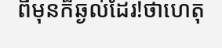
ពីមុនក៏ឆ្ងល់ដែរ!ថាហេតុ